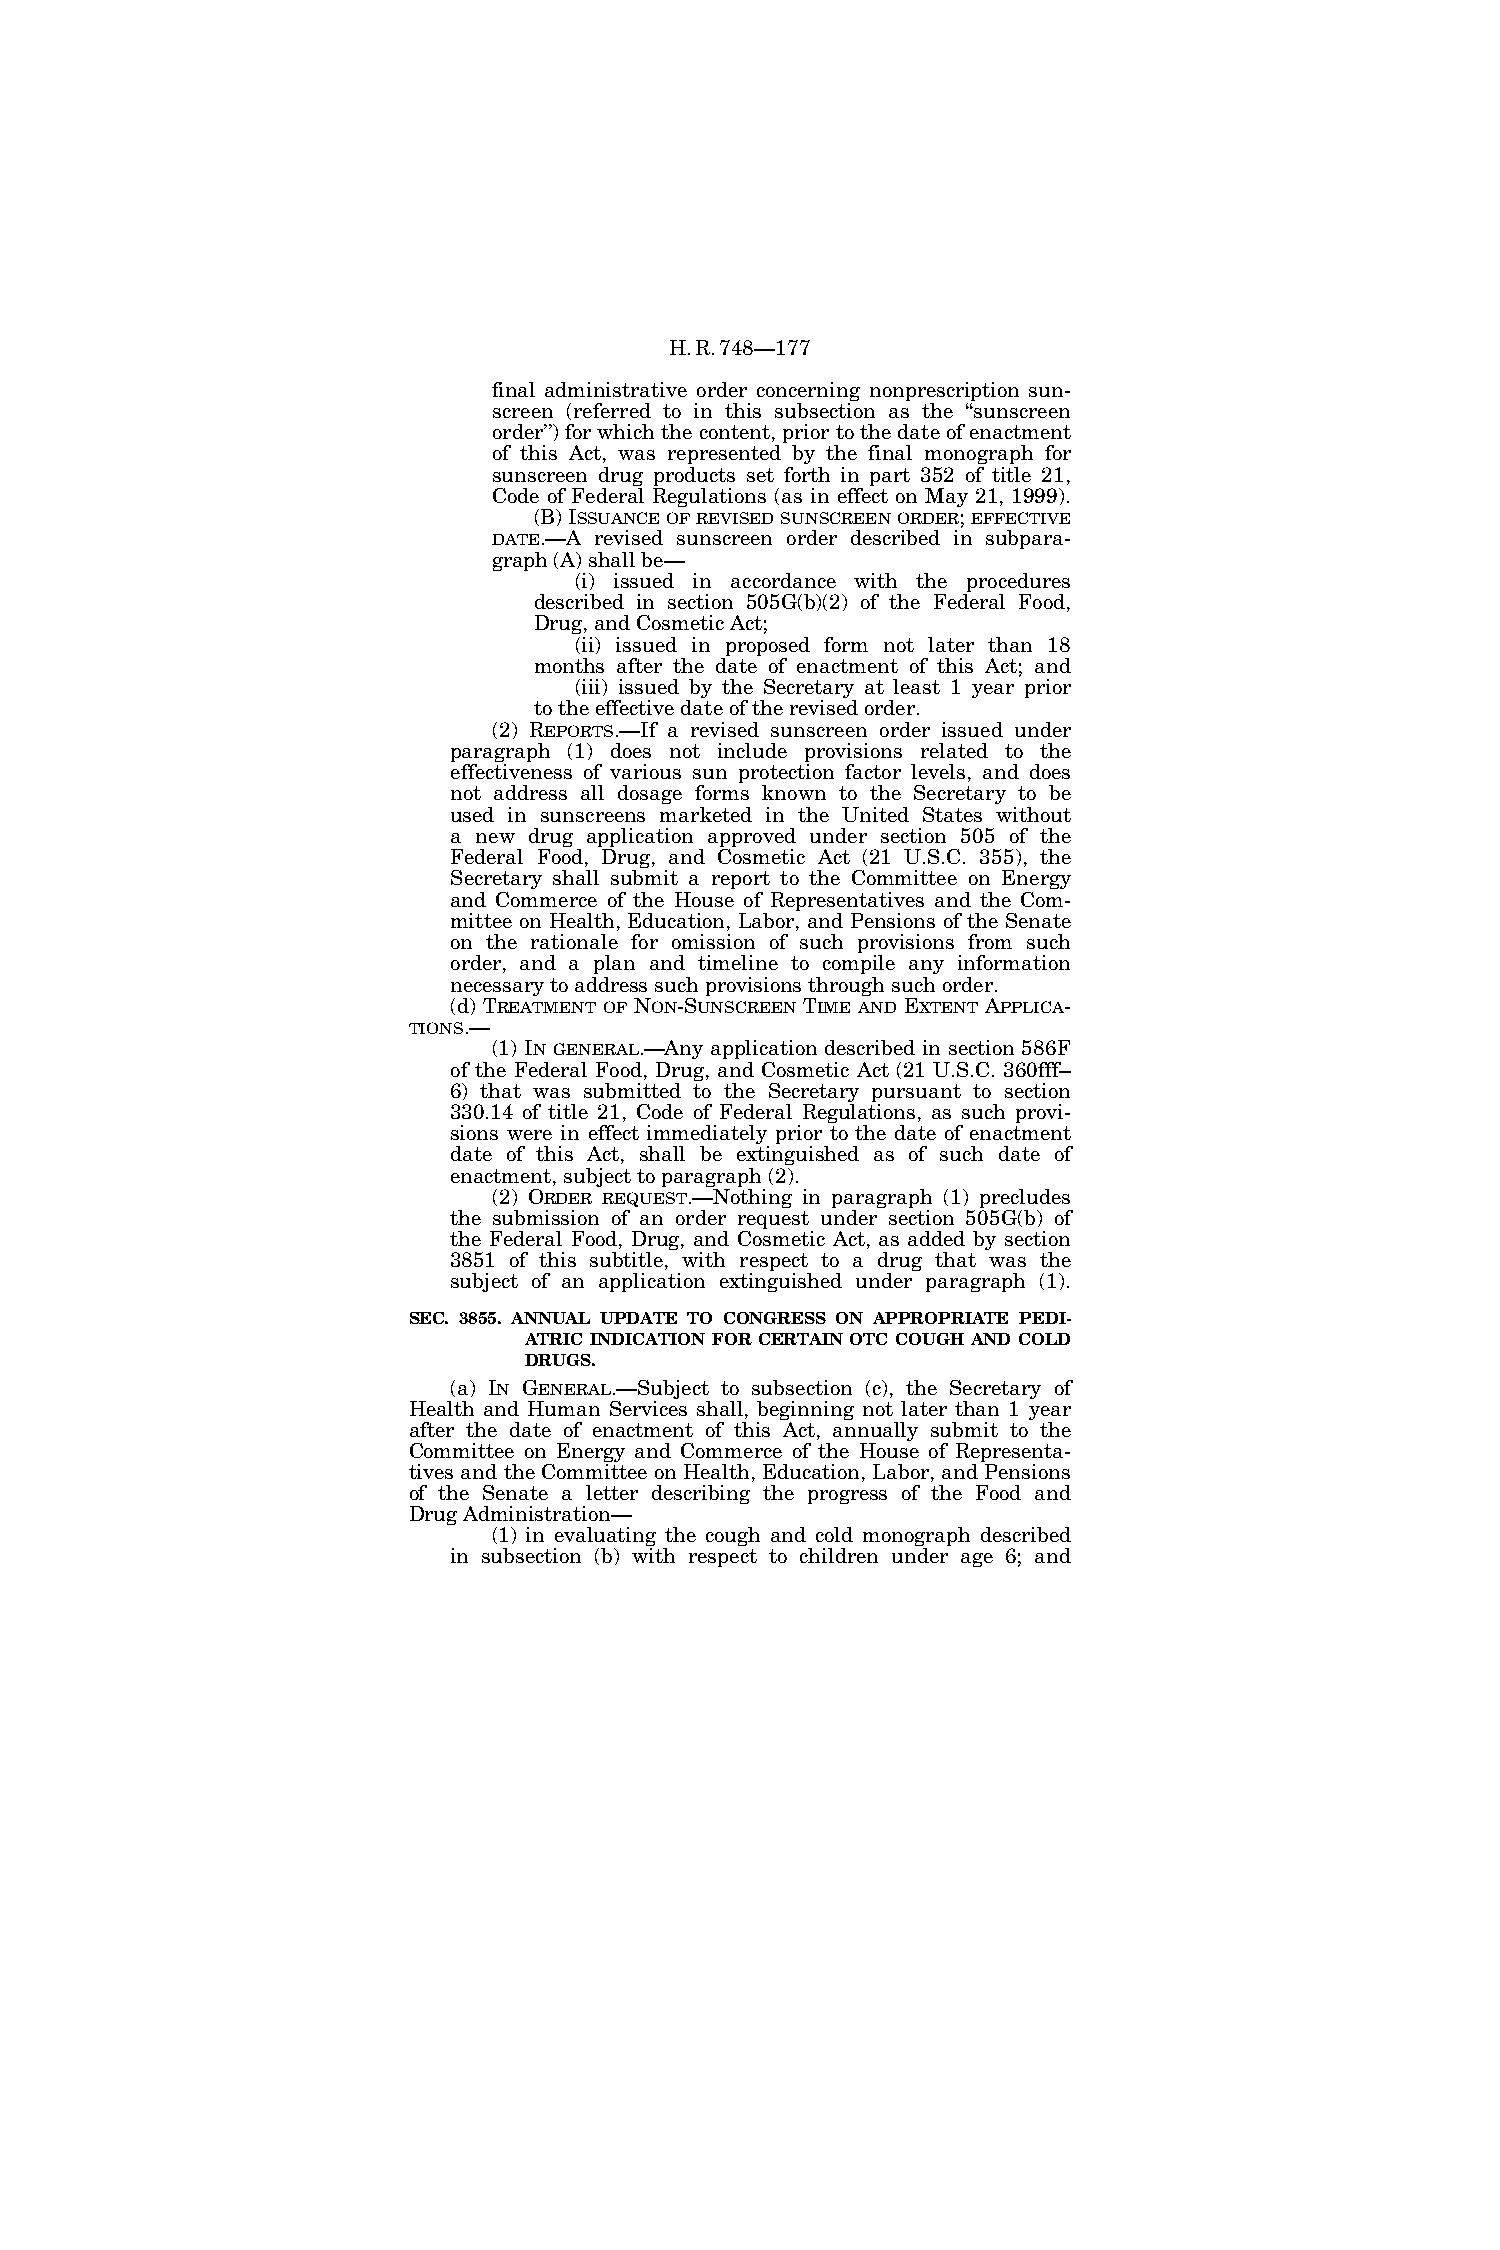
H.R.748—177
 final administrative order concerning nonprescription sun-
 screen (referred to in this subsection as the ‘‘sunscreen
 order’’) for which the content, prior to the date of enactment
 of this Act, was represented by the final monograph for
 sunscreen drug products set forth in part 352 of title 21,
 Code of Federal Regulations (as in effect on May 21, 1999).
 (B) ISSUANCEOFREVISEDSUNSCREENORDER; EFFECTIVE
 DATE.—A revised sunscreen order described in subpara-
 graph (A) shall be—
 (i) issued in accordance with the procedures
 described in section 505G(b)(2) of the Federal Food,
 Drug, and Cosmetic Act;
 (ii) issued in proposed form not later than 18
 months after the date of enactment of this Act; and
 (iii) issued by the Secretary at least 1 year prior
 to the effective date of the revised order.
 (2) REPORTS.—If a revised sunscreen order issued under
 paragraph (1) does not include provisions related to the
 effectiveness of various sun protection factor levels, and does
 not address all dosage forms known to the Secretary to be
 used in sunscreens marketed in the United States without
 a new drug application approved under section 505 of the
 Federal Food, Drug, and Cosmetic Act (21 U.S.C. 355), the
 Secretary shall submit a report to the Committee on Energy
 and Commerce of the House of Representatives and the Com-
 mittee on Health, Education, Labor, and Pensions of the Senate
 on the rationale for omission of such provisions from such
 order, and a plan and timeline to compile any information
 necessary to address such provisions through such order.
 (d) TREATMENT OF NON-SUNSCREEN TIME AND EXTENT APPLICA-
 TIONS.—
 (1) IN GENERAL.—Any application described in section 586F
 of the Federal Food, Drug, and Cosmetic Act (21 U.S.C. 360fff–
 6) that was submitted to the Secretary pursuant to section
 330.14 of title 21, Code of Federal Regulations, as such provi-
 sions were in effect immediately prior to the date of enactment
 date of this Act, shall be extinguished as of such date of
 enactment, subject to paragraph (2).
 (2) ORDER REQUEST.—Nothing in paragraph (1) precludes
 the submission of an order request under section 505G(b) of
 the Federal Food, Drug, and Cosmetic Act, as added by section
 3851 of this subtitle, with respect to a drug that was the
 subject of an application extinguished under paragraph (1).
 SEC. 3855. ANNUAL UPDATE TO CONGRESS ON APPROPRIATE PEDI-
 ATRIC INDICATION FOR CERTAIN OTC COUGH AND COLD
 DRUGS.
 (a) IN GENERAL.—Subject to subsection (c), the Secretary of
 Health and Human Services shall, beginning not later than 1 year
 after the date of enactment of this Act, annually submit to the
 Committee on Energy and Commerce of the House of Representa-
 tives and the Committee on Health, Education, Labor, and Pensions
 of the Senate a letter describing the progress of the Food and
 Drug Administration—
 (1) in evaluating the cough and cold monograph described
 in subsection (b) with respect to children under age 6; and